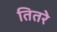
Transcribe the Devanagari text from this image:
तितरे